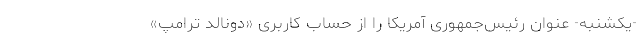
-یکشنبه- عنوان رئیس‌جمهوری آمریکا را از حساب کاربری «دونالد ترامپ»